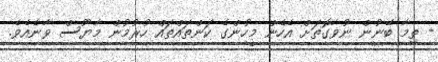
- ތިމާ ބޭނުން ނުވާގޮތަށް އެހެން މީހުންގެ ކަންތައްތައް ހުރުމުން މާޔޫސް ވާނެއެވެ.